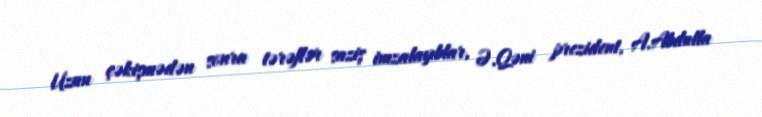
Uzun çəkişmədən sonra tərəflər saziş imzalayıblar, Ə.Qəni prezident, A.Abdulla